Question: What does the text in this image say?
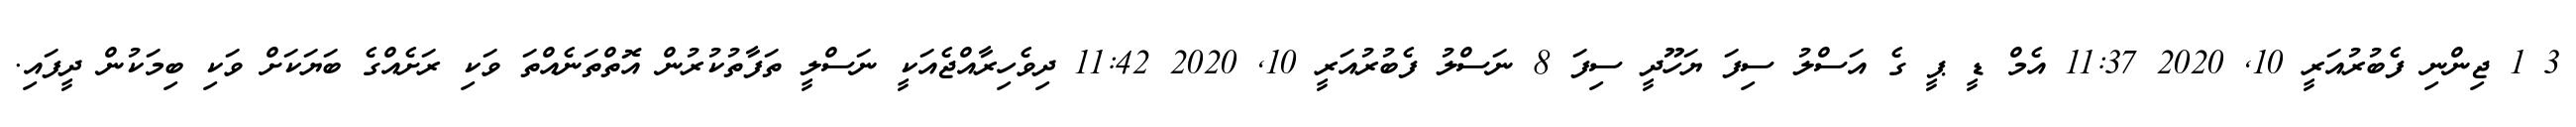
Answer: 3 1 ޖިންނި ފެބުރުއަރީ 10, 2020 11:37 އެމް ޑީ ޕީ ގެ އަސްލު ސިފަ ޔަހޫދީ ސިފަ 8 ނަސްލު ފެބުރުއަރީ 10, 2020 11:42 ދިވެހިރާއްޖެއަކީ ނަސްލީ ތަފާތުކުރުން އޮތްތަނެއްތަ ވަކި ރަށެއްގެ ބަޔަކަށް ވަކި ބިމަކުން ދީފައި.